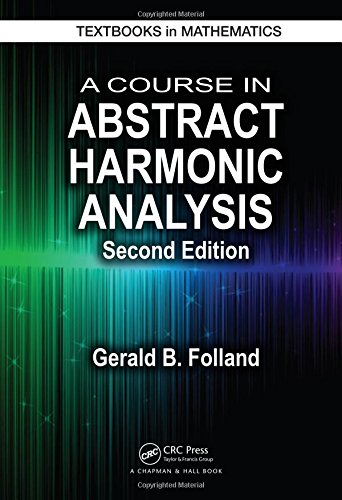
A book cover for A Course in Abstract Harmonic Analysis, Second Edition (Textbooks in Mathematics); Gerald B. Folland; Science & Math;